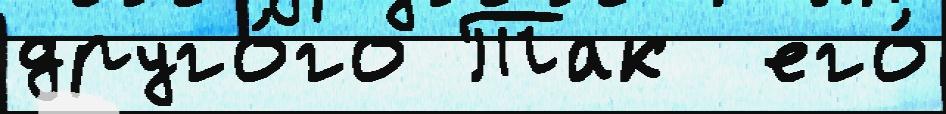
друго́го Так  его́